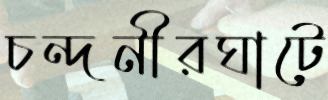
চন্দনীরঘাটে